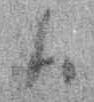
ハ